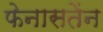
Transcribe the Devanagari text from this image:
फेनासतेंन